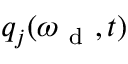
q _ { j } ( \omega _ { \mathrm { ~ d ~ } } , t )